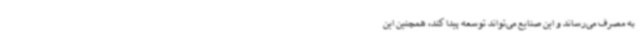
به‌ مصرف می‌رساند و این صنایع می‌تواند توسعه پیدا کند، همچنین این